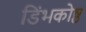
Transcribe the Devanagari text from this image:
डिंभकोष्ठ